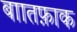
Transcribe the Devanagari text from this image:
बाातफ़ाक